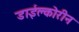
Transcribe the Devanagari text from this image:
डाईक्लोरीन